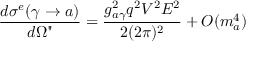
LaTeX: \frac { d \sigma ^ { e } ( \gamma \rightarrow a ) } { d \Omega " } = \frac { g _ { a \gamma } ^ { 2 } q ^ { 2 } V ^ { 2 } E ^ { 2 } } { 2 ( 2 \pi ) ^ { 2 } } + O ( m _ { a } ^ { 4 } )